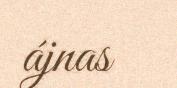
ájnas